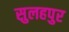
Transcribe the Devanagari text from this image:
सुलहपुर